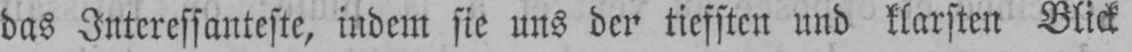
das Interessanteste, indem sie uns der tiefsten und klarsten Blick